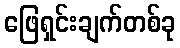
ဖြေရှင်းချက်တစ်ခု